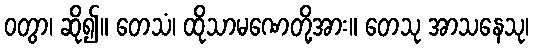
ဝတွာ၊ ဆို၍။ တေသံ၊ ထိုသာမဏေတို့အား။ တေသု အာသနေသု၊